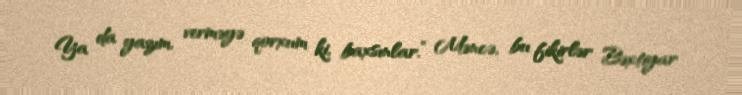
Ya da yazım, verməyə qorxum ki, baxsınlar.” Məncə, bu fikirlər Bəxtiyar